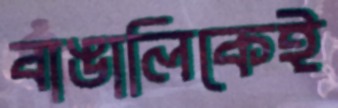
বাঙালিকেই